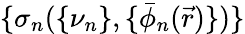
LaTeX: \{ \sigma_{n}(\{ \nu_{n}\} ,\{ \bar{\phi}_{n}(\vec{r})\} )\}